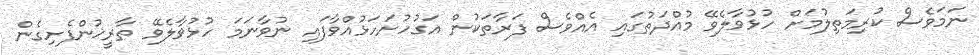
ނަމަވެސް ކުރިމަތިލުމަށް ހުޅުވާލެވޭ މުއްދަތުގައި އެއްވެސް ފަރާތަކުން އަގުހުށަހަޅުއްވާފައި ނުވާނަމަ ހުޅުވާލެވޭ ތާރީޚުންފެށިގެން